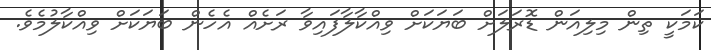
ކަމަކީ ތިން މިލިއަން ޑޮރަލަށް ބަޔަކަށް ވިއްކާލާފައިވާ ރަށެއް އެހެން ބަަޔަކަށް ވިއްކާލުމެވެ.